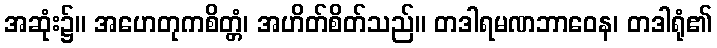
အဆုံး၌။ အဟေတုကစိတ္တံ၊ အဟိတ်စိတ်သည်။ တဒါရမဏဘာဝေန၊ တဒါရုံ၏